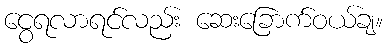
ငွေရလာရင်လည်း ဆေးခြောက်ဝယ်ချ။